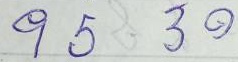
95 - 30